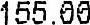
155.00